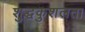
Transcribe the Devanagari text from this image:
शुद्धकुशलता